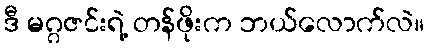
ဒီ မဂ္ဂဇင်းရဲ့ တန်ဖိုးက ဘယ်လောက်လဲ။